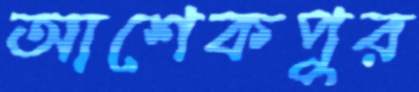
আশেকপুর